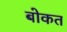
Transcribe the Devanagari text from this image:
बोकत